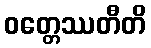
ဝတ္တေဿတီတိ